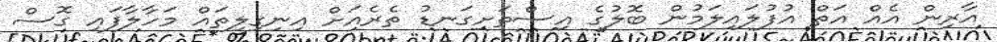
އާރިން އެއް އަތް އުފުލައިލަމުން ބޮލުގެ އިސްތަށިގަނޑު ތެރެއަށް އިނިގިލިތައް މަހާލާފައި ގޮސް